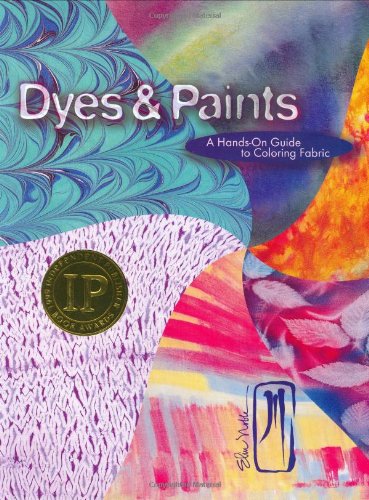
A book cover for Dyes & Paints: A Hands-On Guide to Coloring Fabric; Elin Noble; Crafts, Hobbies & Home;